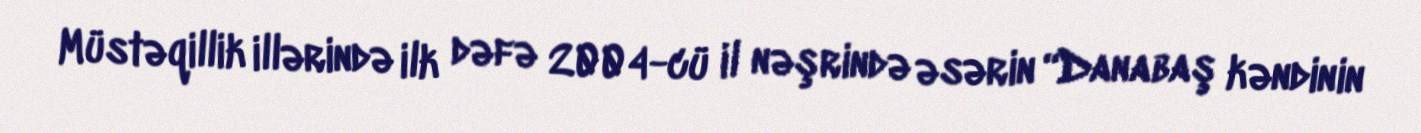
Müstəqillik illərində ilk dəfə 2004-cü il nəşrində əsərin “Danabaş kəndinin